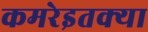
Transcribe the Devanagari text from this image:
कमरेइतक्या